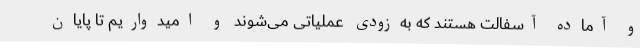
و آماده آسفالت هستند که به‌زودی عملیاتی می‌شوند و امیدواریم تا پایان